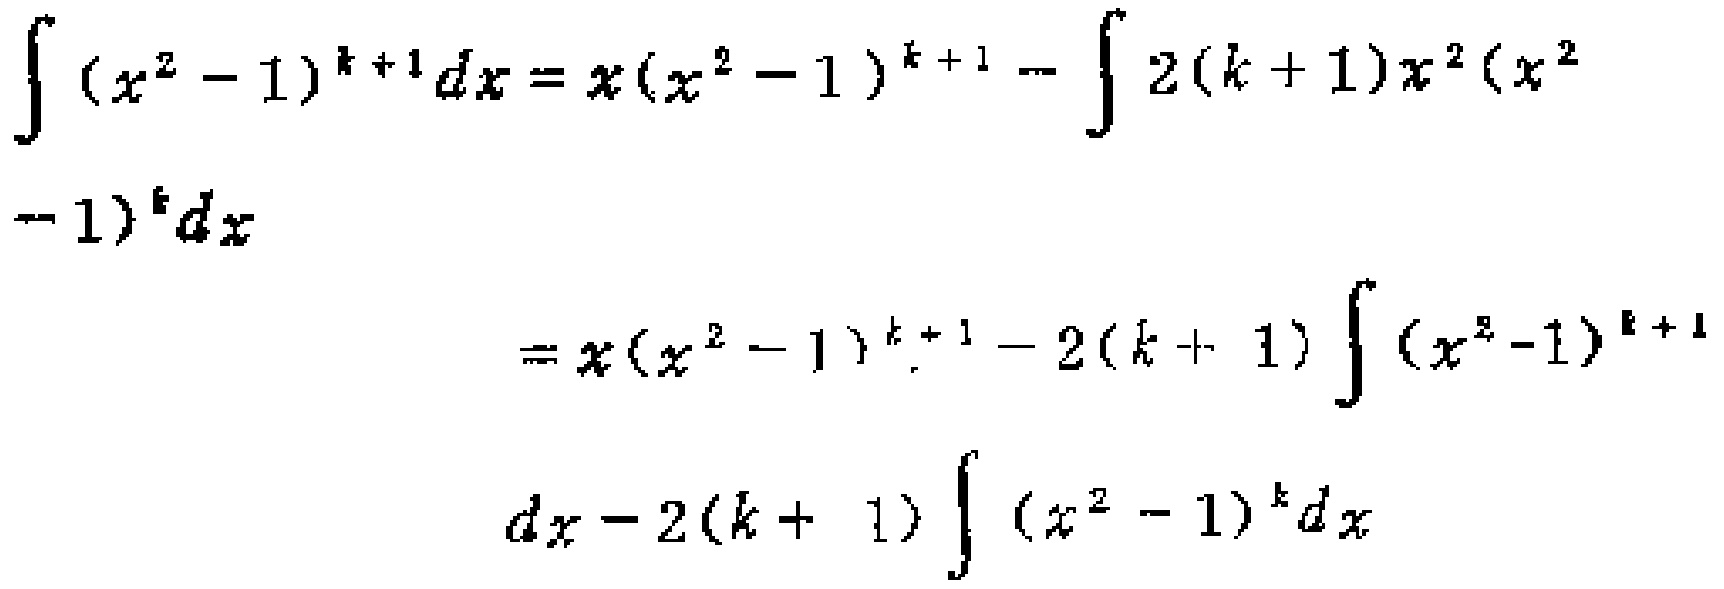
\[

\begin{align*}

\int(x^{2}-1)^{k + 1}dx&=x(x^{2}-1)^{k + 1}-\int2(k + 1)x^{2}(x^{2}-1)^{k}dx\\

&=x(x^{2}-1)^{k + 1}-2(k + 1)\int(x^{2}-1)^{k + 1}dx-2(k + 1)\int(x^{2}-1)^{k}dx

\end{align*}

\]